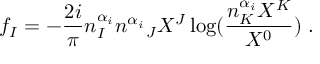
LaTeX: f _ { I } = - \frac { 2 i } { \pi } n _ { I } ^ { \alpha _ { i } } { n ^ { \alpha _ { i } } } _ { J } X ^ { J } \log ( \frac { n _ { K } ^ { \alpha _ { i } } X ^ { K } } { X ^ { 0 } } ) \ .